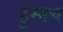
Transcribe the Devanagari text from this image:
हुम्मच